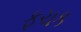
ફચક